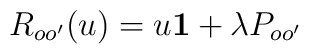
R_{oo'}(u)=u{\bf 1}+\lambda P_{oo'}